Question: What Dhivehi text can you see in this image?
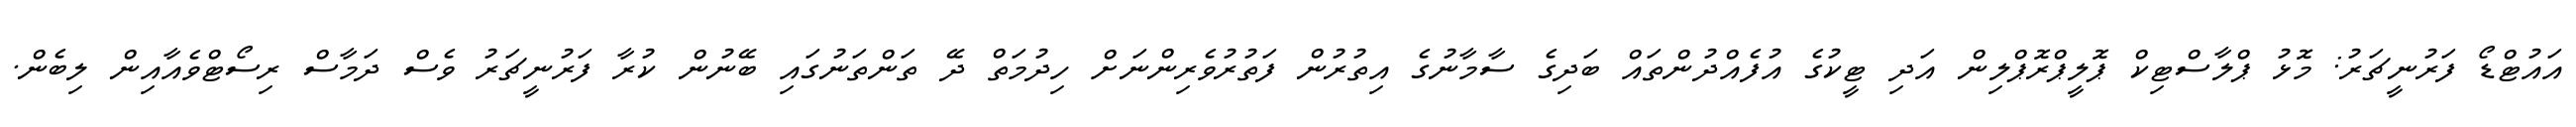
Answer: އައުޓްޑޯ ފަރުނީޗަރު: މޮޅު ޕްލާސްޓިކް ޕޮލީޕްރޮޕްލިން އަދި ޓީކުގެ އުފެއްދުންތައް ބަދިގެ ސާމާނުގެ އިތުރުން ފަތުރުވެރިންނަށް ހިދުމަތް ދޭ ތަންތަނުގައި ބޭނުން ކުރާ ފަރުނީޗަރު ވެސް ދަމާސް ރިސޯޓްވެއާއިން ލިބެން.